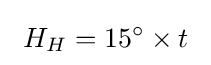
\ H_{H}=15^{\circ }\times t\